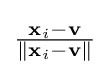
{\tfrac {\mathbf {x} _{i}-\mathbf {v} }{\|\mathbf {x} _{i}-\mathbf {v} \|}}